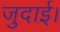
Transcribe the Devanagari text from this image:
जुदाई।